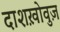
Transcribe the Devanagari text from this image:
दाशख़ोवुज़